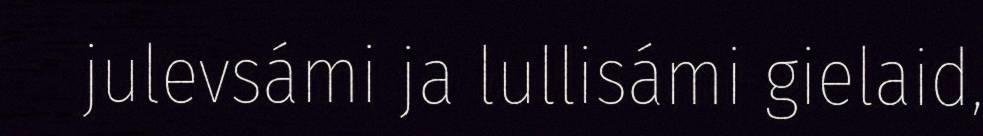
julevsámi ja lullisámi gielaid,